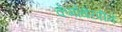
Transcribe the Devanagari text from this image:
केमोथेरपीने